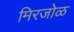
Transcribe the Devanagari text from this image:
मिरजोळ